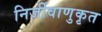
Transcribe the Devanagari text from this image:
निर्जीवाणुकृत